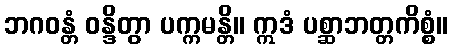
ဘဂဝန္တံ ဝန္ဒိတွာ ပက္ကမန္တိ။ ဣဒံ ပစ္ဆာဘတ္တကိစ္စံ။